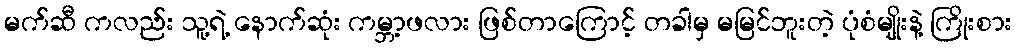
မက်ဆီ ကလည်း သူ့ရဲ့ နောက်ဆုံး ကမ္ဘာ့ဖလား ဖြစ်တာကြောင့် တခါမှ မမြင်ဘူးတဲ့ ပုံစံမျိုးနဲ့ ကြိုးစား